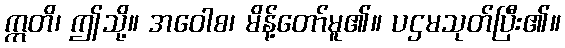
ဣတိ၊ ဤသို့။ အဝေါစ၊ မိန့်တော်မူ၏။ ပဌမသုတ်ပြီး၏။